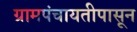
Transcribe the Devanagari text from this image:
ग्रामपंचायतीपासून